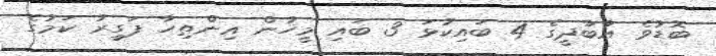
ބޮޑުވެ އާބާދީގެ 4 ބައިކުޅަ 3 ބައި މީހުން އިންތިހާ ފަގީރު ކަމުގެ